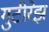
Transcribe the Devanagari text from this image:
गुटीरेझ